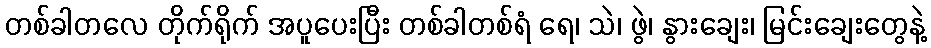
တစ်ခါတလေ တိုက်ရိုက် အပူပေးပြီး တစ်ခါတစ်ရံ ရေ၊ သဲ၊ ဖွဲ၊ နွားချေး၊ မြင်းချေးတွေနဲ့